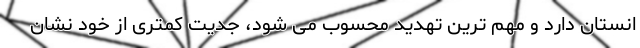
انستان دارد و مهم ترین تهدید محسوب می شود، جدیت کمتری از خود نشان